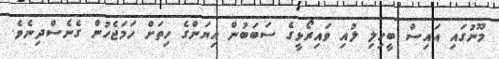
މޫނުގައި އައިސް ބީހިލި ލުއި ވައިރޯޅީގެ ސަބަބުން އިޔަންގެ ހިތަށް ހަމަޖެހުން ގެނެސްދިނެވެ.